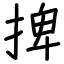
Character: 捭